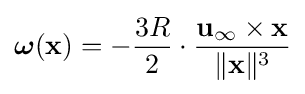
{\boldsymbol {\omega }}(\mathbf {x} )=-{\frac {3R}{2}}\cdot {\frac {\mathbf {u} _{\infty }\times \mathbf {x} }{\|\mathbf {x} \|^{3}}}